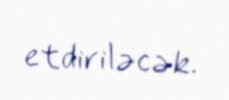
etdiriləcək.